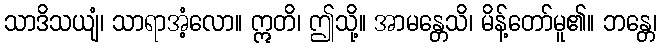
သာဒိသယျံ၊ သာရာအံ့လော။ ဣတိ၊ ဤသို့။ အာမန္တေသိ၊ မိန့်တော်မူ၏။ ဘန္တေ၊